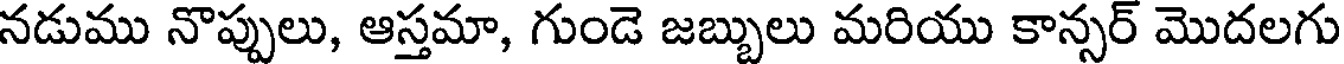
నడుము నొప్పులు, ఆస్తమా, గుండె జబ్బులు మరియు కాన్సర్ మొదలగు